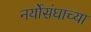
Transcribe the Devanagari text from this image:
नर्योसंघाच्या